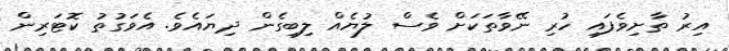
އިރު ތާށިވެފައި ހުރި ނޭވާތަކަށް ވެސް ލުޔެއް ލިބިގެން ދިޔައެވެ. އެވަގުތު ކޮޓަރިން